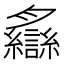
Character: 𦣐